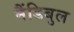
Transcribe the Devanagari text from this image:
मैंडिबुल